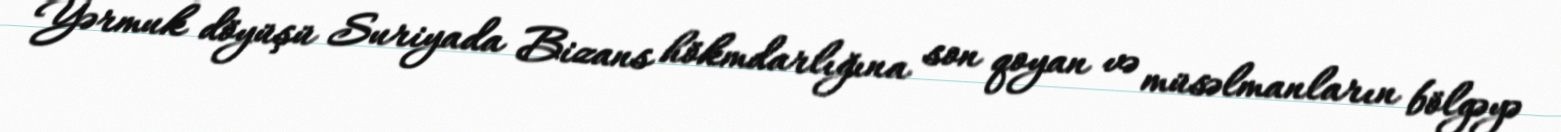
Yərmuk döyüşü Suriyada Bizans hökmdarlığına son qoyan və müsəlmanların bölgəyə